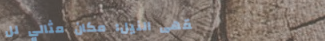
مقهى النيل: مكان مثالي لل